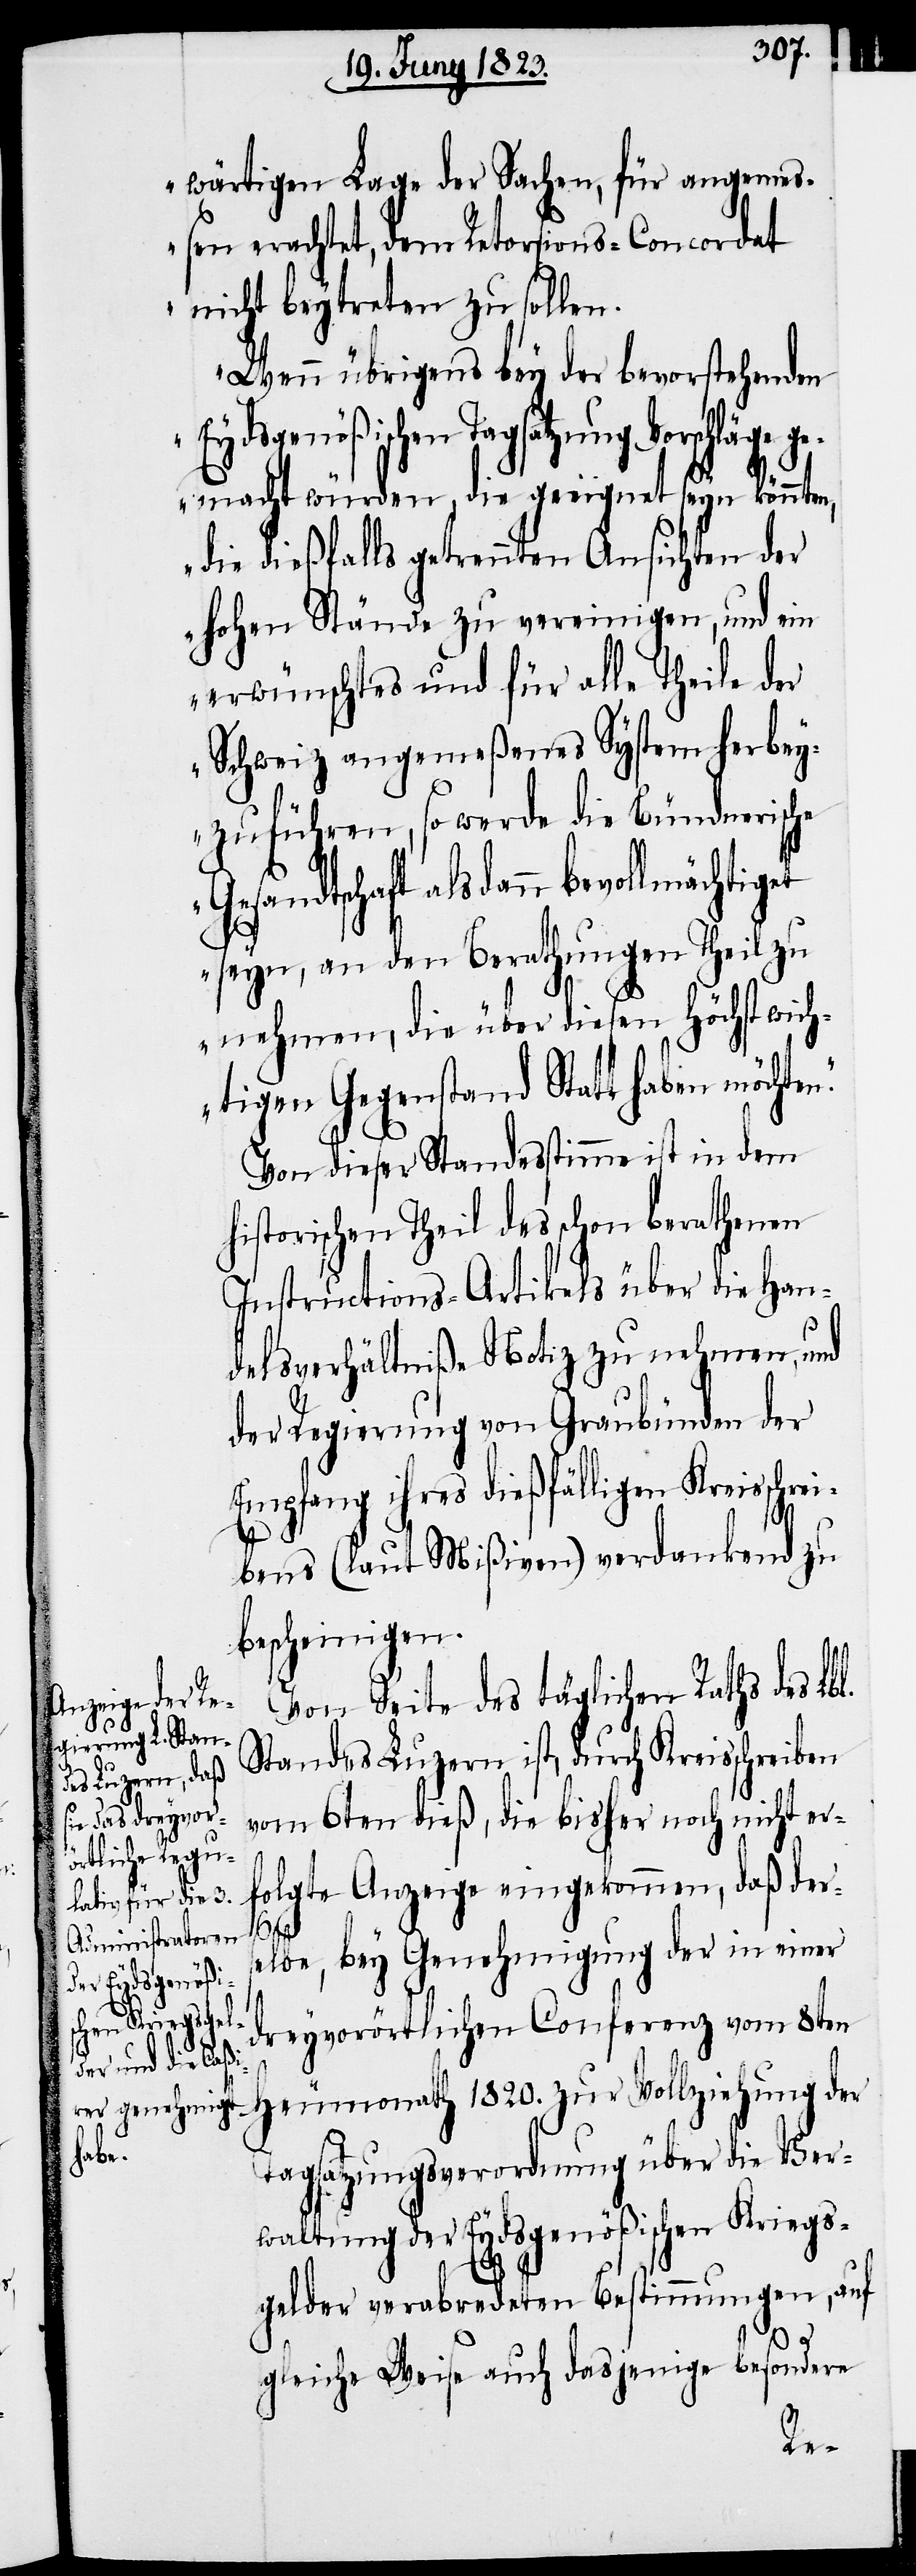
wärtigen Lage der Sachen, für angemeß¬
en erachtet, dem Retorsions-Concordat
nicht beytreten zu sollen.
Wenn übrigens bey der bevorstehenden
Eydsgenößischen Tagsatzung
gemacht würden, die geeignet seyn könnten,
die dießfalls getrennten Ansichten der
hohen Stände zu vereinigen, und ein
erwünschtes und für alle Theile der
Schweiz angemeßenes System herbey¬
zuführen, so werde die Bündnerische
Gesandtschaft alsdann bevollmächtig¬
seyn, an den Berathungen Theil zu
nehmen, die über diesen höchst wich¬
tigen Gegenstand Statt haben möchte¬
Von dieser Standesstimme ist in dem
historischen Theil des schon berathenen
Instructions-Artikels über die Han¬
delsverhältniße Notiz zu nehmen, und
der Regierung von Graubünden der
Empfang ihres dießfälligen Kreisschr¬
ei¬
bens (laut Mißiven) verdankend zu
bescheinigen.
Von Seite des täglichen Raths des Lbl.
Standes Luzern ist, durch Kreisschreiben
vom 6ten dieß, die bisher noch nicht er¬
folgte Anzeige eingekommen, daß ders¬
et
elbe, bey Genehmigung der in einer
dreyvorörtlichen Conferenz vom 8ten
Heumonath 1820. zur Vollziehung der
Tagsatzungsverordnung über die Ver¬
waltung der Eydsgenößischen Kriegs¬
gelder verabredeten Bestimmungen, auf
gleiche Weise auch dasjenige besondere